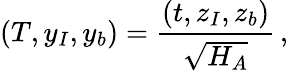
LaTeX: (T,{{y}}_{I},{{y}}_{b})={\frac{(t,{{z}}_{I},{{z}}_{b})}{\sqrt{H_{A}}}}\, ,